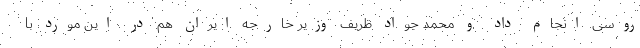
روسی انجام داد و محمد جواد ظریف وزیر خارجه ایران هم در این مورد با